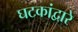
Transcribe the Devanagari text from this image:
घटकांद्वारे